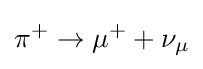
\pi ^{+}\rightarrow \mu ^{+}+\nu _{\mu }